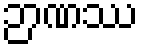
ဉာဏဿ